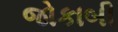
જોકાબી